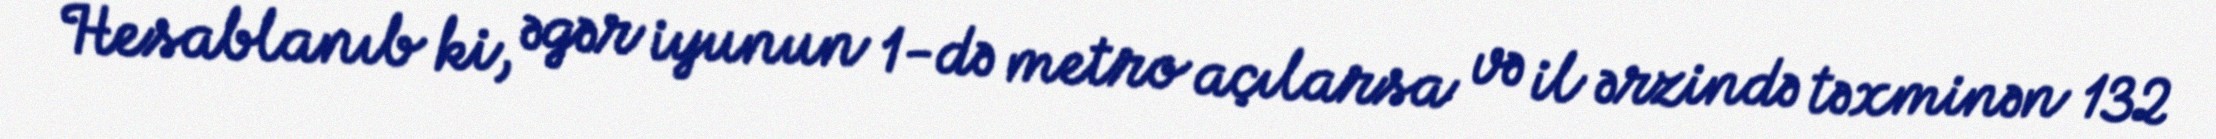
Hesablanıb ki, əgər iyunun 1-də metro açılarsa və il ərzində təxminən 132